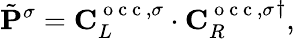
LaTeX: \tilde{\mathbf{P}}^{\sigma}=\mathbf{C}_{L}^{\mathrm{~o~c~c~},\sigma}\cdot{\mathbf{C}_{R}^{\mathrm{~o~c~c~},\sigma}}^{\dagger},